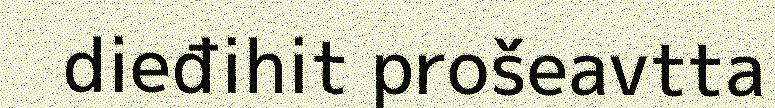
dieđihit prošeavtta